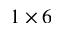
1 \times 6